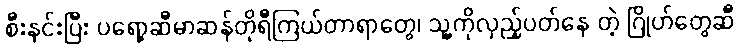
စီးနင်းပြီး ပရော့ဆီမာဆန်တိုရီကြယ်တာရာတွေ၊ သူ့ကိုလှည့်ပတ်နေ တဲ့ ဂြိုဟ်တွေဆီ